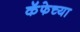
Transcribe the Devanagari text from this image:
कॅफेच्या